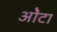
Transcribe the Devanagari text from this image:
ओेटा